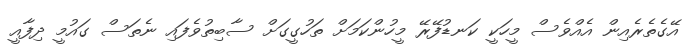
އޭގެތެރެއިން އެއްވެސް މީހަކީ ކަނޑުފޭރޭ މީހުންކަމަށް ތަހުގީގަށް ސާބިތުވެފައި ނެތަސް ގައުމީ ދިފާއީ